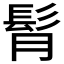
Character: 𩬏